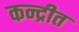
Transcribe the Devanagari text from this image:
कन्द्रीत